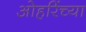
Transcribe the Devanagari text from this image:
ओहरिंच्या